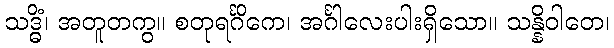
သဒ္ဓိံ၊ အတူတကွ။ စတုရင်္ဂိကေ၊ အင်္ဂါလေးပါးရှိသော။ သန္နိဝါတေ၊